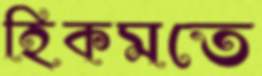
হিকমতে